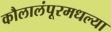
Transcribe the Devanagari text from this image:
कौलालंपूरमधल्या